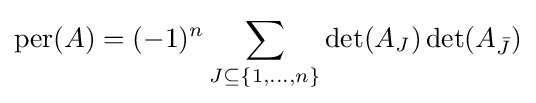
\operatorname {per} (A)=(-1)^{n}\sum _{J\subseteq \{1,\dots ,n\}}\det(A_{J})\det(A_{\bar {J}})